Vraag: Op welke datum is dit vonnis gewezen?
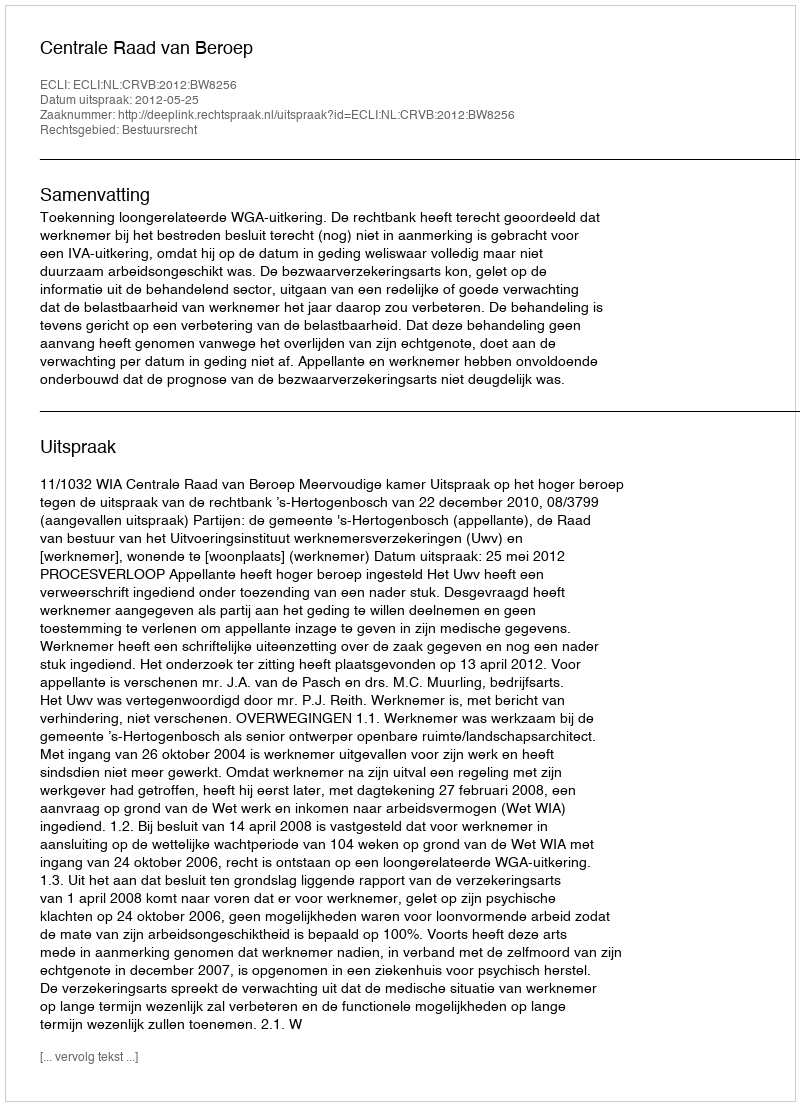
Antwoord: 2012-05-25